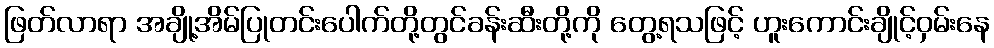
ဖြတ်လာရာ အချို့အိမ်ပြုတင်းပေါက်တို့တွင်ခန်းဆီးတို့ကို တွေ့ရသဖြင့် ဟူးကောင်းချိုင့်ဝှမ်းနေ